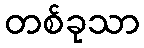
တစ်ခုသာ